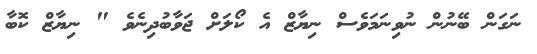
ނަގަން ބޭނުން ނުވިނަމަވެސް ނިޔާޒް އެ ކޯލަށް ޖަވާބުދިނެވެ " ނިޔާޒް ކޮބާ